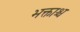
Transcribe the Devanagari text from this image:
भक्ताश्च